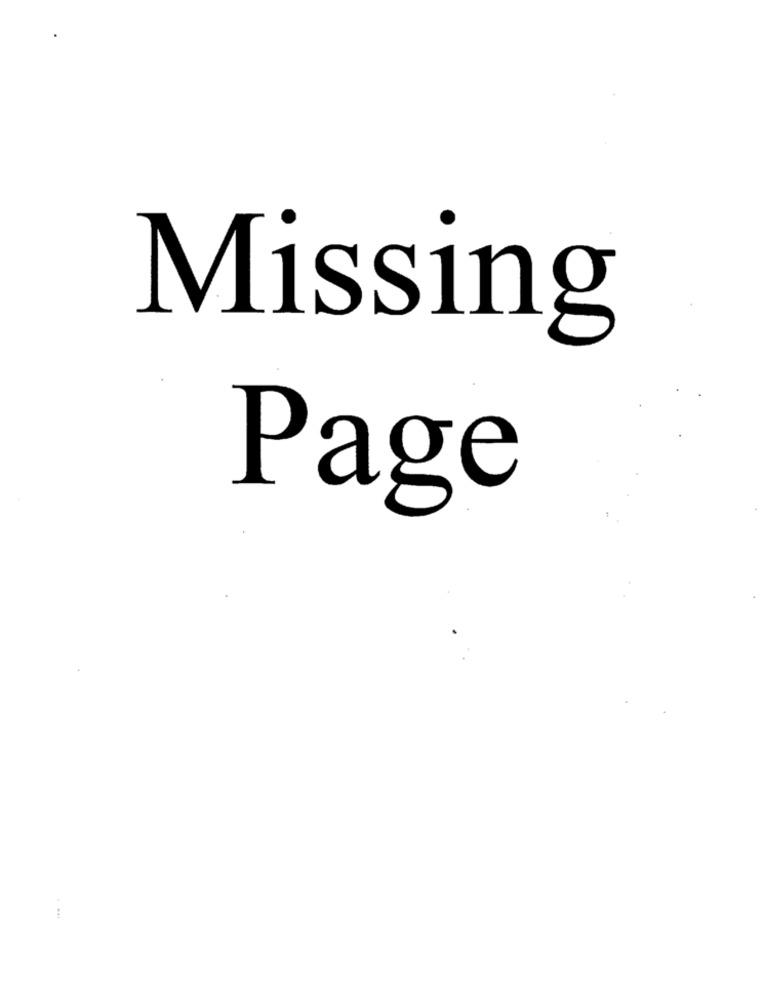
Missing
Page